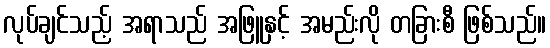
လုပ်ချင်သည့် အရာသည် အဖြူနှင့် အမည်းလို တခြားစီ ဖြစ်သည်။